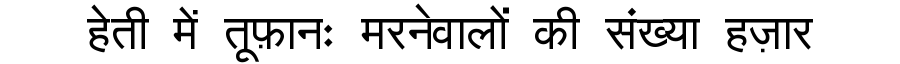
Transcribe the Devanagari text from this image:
हेती में तूफ़ानः मरनेवालों की संख्या हज़ार